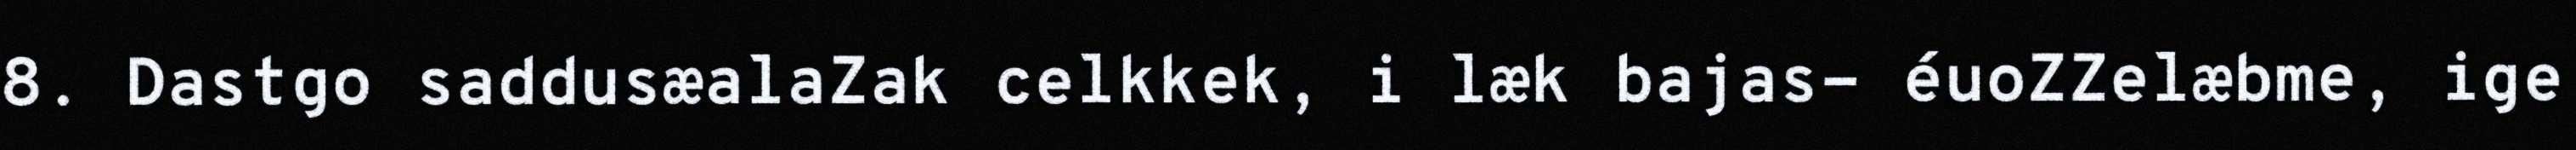
8. Dastgo saddusæalaZak celkkek, i læk bajas- éuoZZelæbme, ige